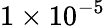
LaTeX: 1\times 10^{-5}